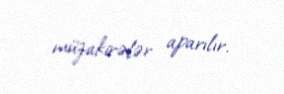
müzakirələr aparılır.